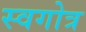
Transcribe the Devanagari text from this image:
स्वगोत्र